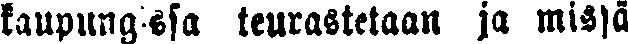
kaupungissa teurastetaan ja missä